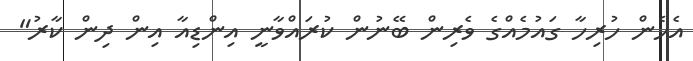
އެހެން ހުރިހާ ގައުމެއްގެ ވެރިން ބޭނުން ކުރައްވާނީ އިންޑިއާ އިން ދިން ކާރު"